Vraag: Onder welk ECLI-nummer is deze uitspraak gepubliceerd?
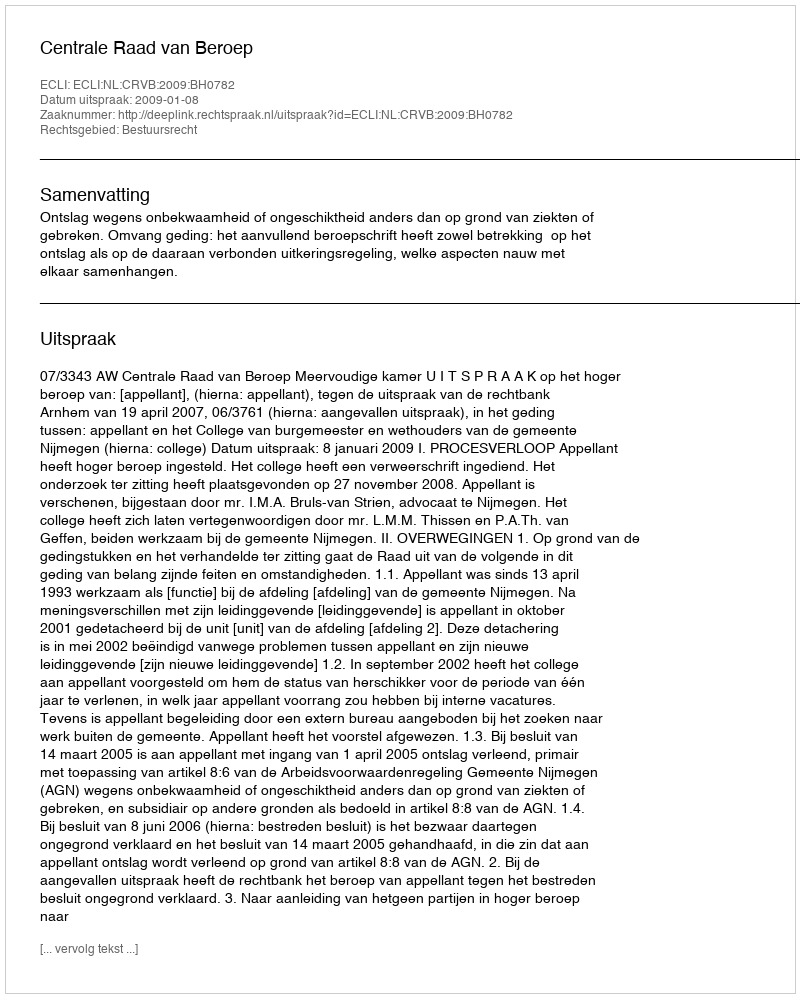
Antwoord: ECLI:NL:CRVB:2009:BH0782